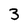
Character: 3